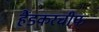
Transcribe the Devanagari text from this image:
हैंडकरचीफ